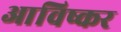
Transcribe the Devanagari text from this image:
आविष्कर